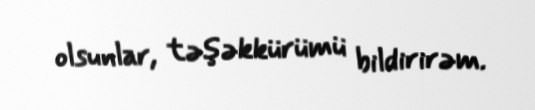
olsunlar, təşəkkürümü bildirirəm.